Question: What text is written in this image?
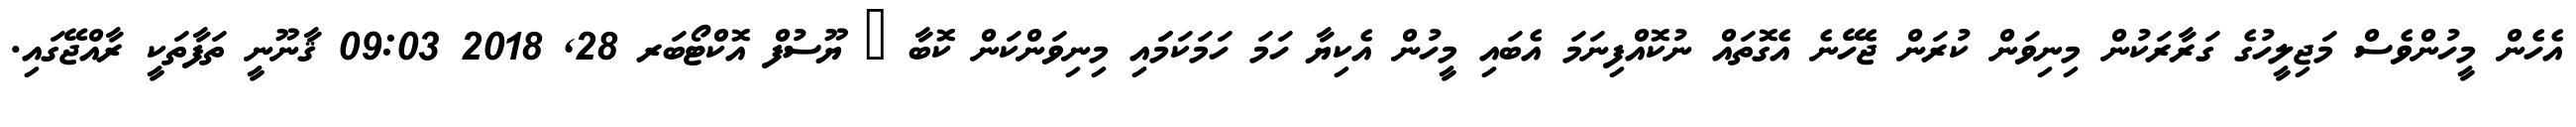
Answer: އެހެން މީހުންވެސް މަޖިލީހުގެ ގަރާރަކުން މިނިވަން ކުރަން ޖެހޭނެ އެގޮތައް ނުކޮއްފިނަމަ އެބައި މީހުން އެކިޔާ ހަމަ ހަމަކަމަައި މިނިވަންކަން ކޮބާ ? ޔޫސުފް އޮކްޓޯބަރ 28, 2018 09:03 ޤާނޫނީ ތަފާތަކީ ރާއްޖޭގައި.